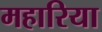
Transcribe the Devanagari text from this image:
महारिया